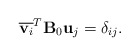
\begin{align*}\overline{{\bf v}_i}^T {\bf B}_0 {\bf u} _j = \delta_{ij}.\end{align*}